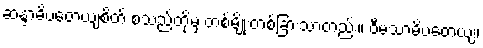
ဆန္ဒာဓိပတေယျစိတ် စသည်တို့မှ တစ်မျိုးတစ်ခြားသာတည်း။ ဝီမံသာဓိပတေယျံ၊